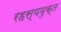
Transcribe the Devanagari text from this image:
रहस्‍ययुक्त